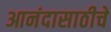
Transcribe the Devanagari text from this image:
आनंदासाठीचे